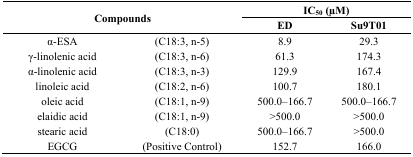
<table><thead><tr><td rowspan="2" colspan="2"><b>Compounds</b></td><td colspan="2"><b>IC<sub>50</sub> (μM)</b></td></tr><tr><td><b>ED</b></td><td><b>Su9T01</b></td></tr></thead><tbody><tr><td>α-ESA</td><td>(C18:3, n-5)</td><td>8.9</td><td>29.3</td></tr><tr><td>γ-linolenic acid</td><td>(C18:3, n-6)</td><td>61.3</td><td>174.3</td></tr><tr><td>α-linolenic acid </td><td>(C18:3, n-3)</td><td>129.9</td><td>167.4</td></tr><tr><td>linoleic acid</td><td>(C18:2, n-6)</td><td>100.7</td><td>180.1</td></tr><tr><td>oleic acid</td><td>(C18:1, n-9)</td><td>500.0–166.7</td><td>500.0–166.7</td></tr><tr><td>elaidic acid</td><td>(C18:1, n-9)</td><td>&gt;500.0</td><td>&gt;500.0 </td></tr><tr><td>stearic acid</td><td>(C18:0)</td><td>500.0–166.7</td><td>&gt;500.0</td></tr><tr><td>EGCG</td><td>(Positive Control)</td><td>152.7</td><td>166.0</td></tr></tbody></table>